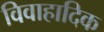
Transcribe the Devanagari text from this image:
विवाहादिक